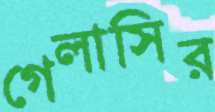
গেলাসির